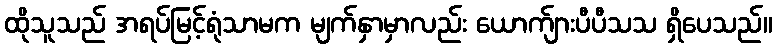
ထိုသူသည် အရပ်မြင့်ရုံသာမက မျက်နှာမှာလည်း ယောက်ျားပီပီသသ ရှိပေသည်။